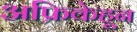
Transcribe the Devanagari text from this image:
अफ्रिकेहून